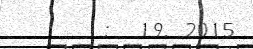
:  19